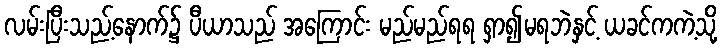
လမ်းပြီးသည့်နောက်၌ ပီယာသည် အကြောင်း မည်မည်ရရ ရှာ၍မရဘဲနှင့် ယခင်ကကဲ့သို့